Indian Civil Veterinary Department memoirs
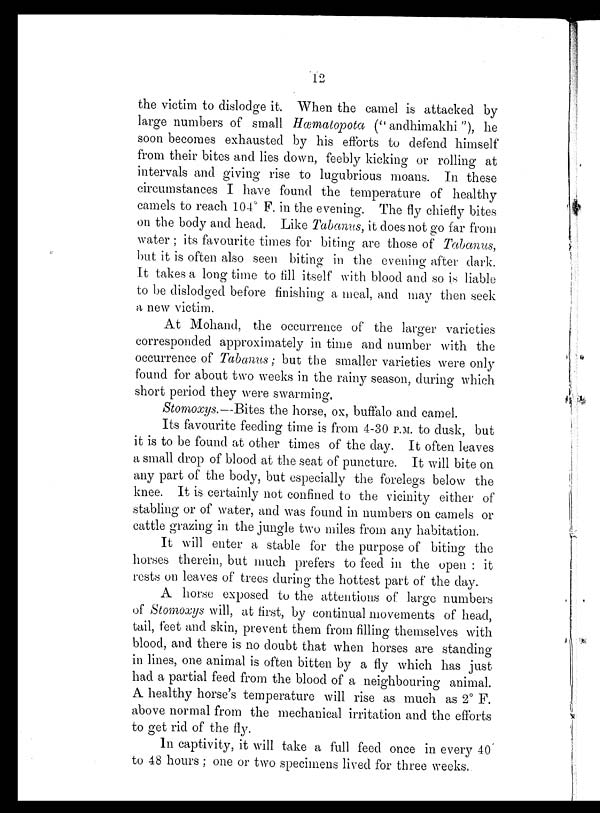
12
the victim to dislodge it. When the camel is attacked by
large numbers of small Hæmatopota ("andhimakhi"), he
soon becomes exhausted by his efforts to defend himself
from their bites and lies down, feebly kicking or rolling at
intervals and giving rise to lugubrious moans. In these
circumstances I have found the temperature of healthy
camels to reach 104° F. in the evening. The fly chiefly bites
on the body and head. Like Tabanus, it does not go far from
water; its favourite times for biting are those of Tabanus,
but it is often also seen biting in the evening after dark.
It takes a long time to fill itself with blood and so is liable
to be dislodged before finishing a meal, and may then seek
a new victim.
At Mohand, the occurrence of the larger varieties
corresponded approximately in time and number with the
occurrence of Tabanus; but the smaller varieties were only
found for about two weeks in the rainy season, during which
short period they were swarming.
Stomoxys.—Bites the horse, ox, buffalo and camel.
Its favourite feeding time is from 4-30 P.M. to dusk, but
it is to be found at other times of the day. It often leaves
a small drop of blood at the seat of puncture. It will bite on
any part of the body, but especially the forelegs below the
knee. It is certainly not confined to the vicinity either of
stabling or of water, and was found in numbers on camels or
cattle grazing in the jungle two miles from any habitation.
It will enter a stable for the purpose of biting the
horses therein, but much prefers to feed in the open: it
rests on leaves of trees during the hottest part of the day.
A horse exposed to the attentions of large numbers
of Stomoxys will, at first, by continual movements of head,
tail, feet and skin, prevent them from filling themselves with
blood, and there is no doubt that when horses are standing
in lines, one animal is often bitten by a fly which has just
had a partial feed from the blood of a neighbouring animal.
A healthy horse's temperature will rise as much as 2° F.
above normal from the mechanical irritation and the efforts
to get rid of the fly.
In captivity, it will take a full feed once in every 40
to 48 hours; one or two specimens lived for three weeks.